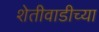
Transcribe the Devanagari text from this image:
शेतीवाडीच्या